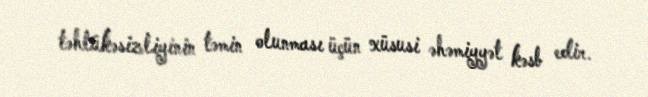
təhlükəsizliyinin təmin olunması üçün xüsusi əhəmiyyət kəsb edir.